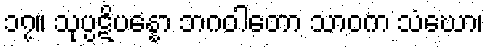
၁၇။ သုပ္ပဋိပန္နော ဘဂဝါတော သာဝက သံဃော၊